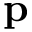
\mathbf { p }